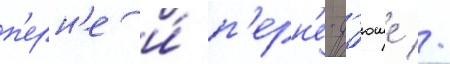
п'ерн'е и́ п'ерн'е-д'юше //